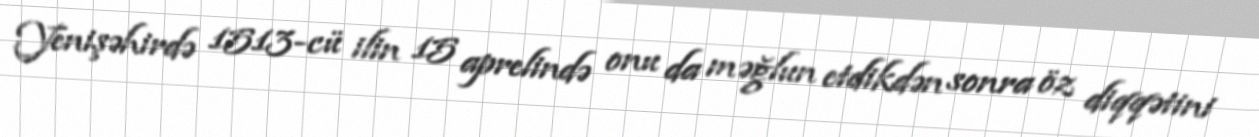
Yenişəhirdə 1513-cü ilin 15 aprelində onu da məğlun etdikdən sonra öz diqqətini